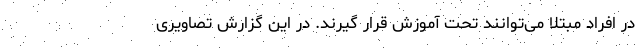
در افراد مبتلا می‌توانند تحت آموزش قرار گیرند. در این گزارش تصاویری